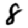
Digit: 8